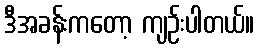
ဒီအခန်းကတော့ ကျဉ်းပါတယ်။